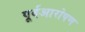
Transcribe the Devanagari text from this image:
पूर्वआरोपण